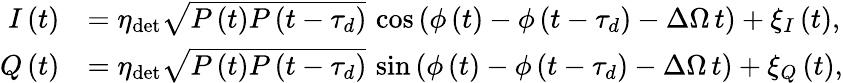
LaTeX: \begin{array}{rl}{I\left(t\right)}&{=\eta_{\mathrm{det}}\sqrt{P\left(t\right)P\left(t-\tau_{d}\right)}\, \cos{\left(\phi\left(t\right)-\phi\left(t-\tau_{d}\right)-\Delta\Omega\, t\right)}+\xi_{I}\left(t\right),}\\ {Q\left(t\right)}&{=\eta_{\mathrm{det}}\sqrt{P\left(t\right)P\left(t-\tau_{d}\right)}\, \sin{\left(\phi\left(t\right)-\phi\left(t-\tau_{d}\right)-\Delta\Omega\, t\right)}+\xi_{Q}\left(t\right),}\end{array}